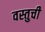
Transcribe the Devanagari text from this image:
वस्तुची